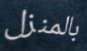
بالمنزل